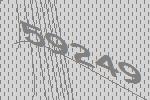
59249